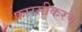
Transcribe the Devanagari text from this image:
फ़ारसीकरण